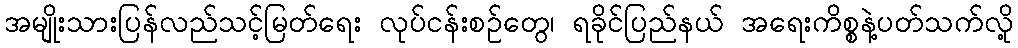
အမျိုးသားပြန်လည်သင့်မြတ်ရေး လုပ်ငန်းစဉ်တွေ၊ ရခိုင်ပြည်နယ် အရေးကိစ္စနဲ့ပတ်သက်လို့